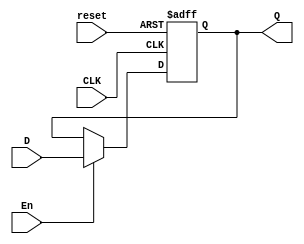
module FF_D1 (
  input D, CLK, En, reset,
  output reg Q);

always @ (posedge CLK or posedge reset) begin //cambia con valores positivos
  if (reset)
    Q <= 1'b0; //El valor de Q se pone en 0
  else if (En)
    Q <= D;
end
endmodule
module FF_D2 (
input wire [1:0]D2, CLK, En, reset,
output wire [1:0]Q2);

FF_D1 FF2_1(D2[1], CLK, En, reset, Q2[1]);
FF_D1 FF2_2(D2[0], CLK, En, reset, Q2[0]);
endmodule
module FF_D4 (
input wire [3:0]D4, CLK, En, reset,
output wire [3:0]Q4);

FF_D2 FF4_1(D4[1:0], CLK, En, reset, Q4[1:0]);
FF_D2 FF4_2(D4[3:2], CLK, En, reset, Q4[3:2]);
endmodule